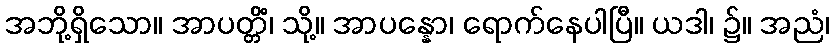
အဘို့ရှိသော။ အာပတ္တိံ၊ သို့။ အာပန္နော၊ ရောက်နေပါပြီ။ ယဒါ၊ ၌။ အညံ၊